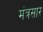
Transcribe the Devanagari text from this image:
मंत्रसार